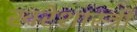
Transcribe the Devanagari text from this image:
खरेशास्त्री